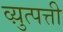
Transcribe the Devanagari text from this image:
व्य़ुत्पत्ती